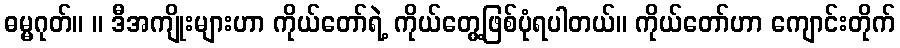
ဓမ္မဂုတ်။ ။ ဒီအကျိုးများဟာ ကိုယ်တော်ရဲ့ ကိုယ်တွေ့ဖြစ်ပုံရပါတယ်။ ကိုယ်တော်ဟာ ကျောင်းတိုက်